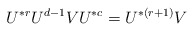
\begin{align*}U^{*r}U^{d-1}VU^{*c}=U^{*(r+1)}V\quad\end{align*}